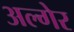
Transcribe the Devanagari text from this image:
अल्गेर